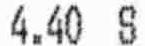
4.40 S